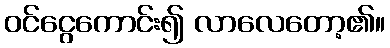
ဝင်ငွေကောင်း၍ လာလေတော့၏။